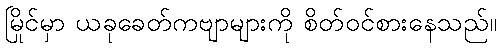
မြိုင်မှာ ယခုခေတ်ကဗျာများကို စိတ်ဝင်စားနေသည်။